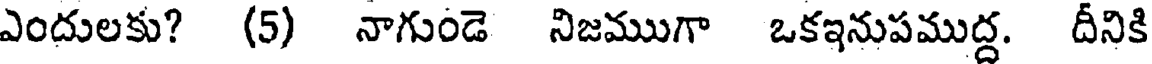
ఎందులకు? (5) నాగుండె నిజముగా ఒకఇనుపముద్ద. దీనికి